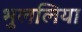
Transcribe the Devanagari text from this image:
भुललिया